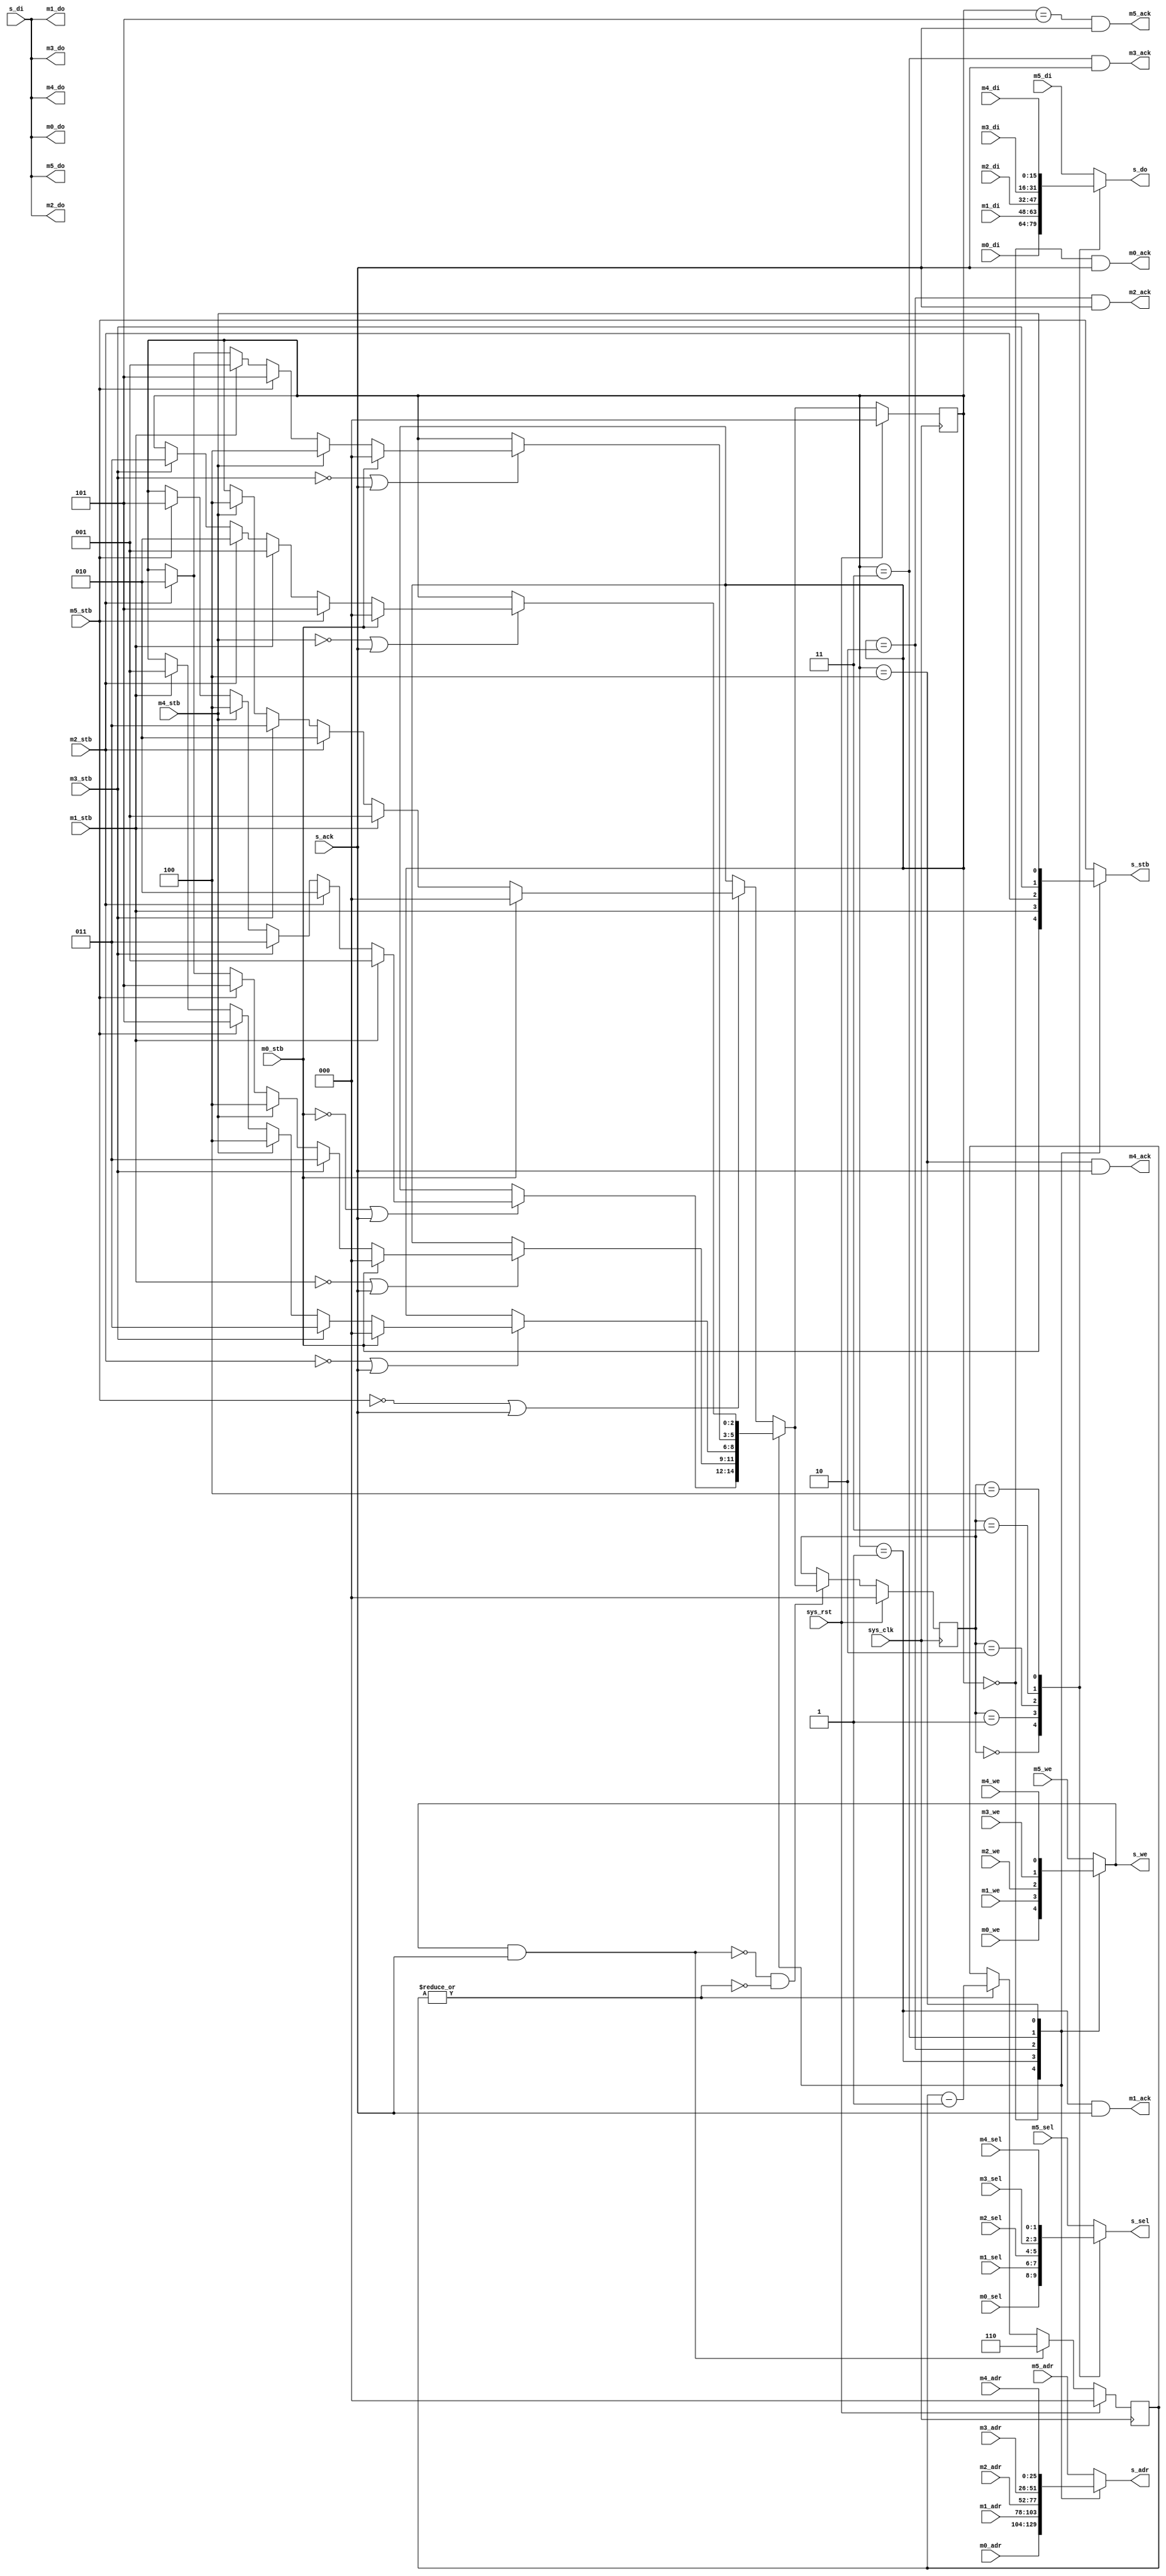
/*
 * Milkymist SoC
 * Copyright (C) 2007, 2008, 2009, 2010 Sebastien Bourdeauducq
 * adjusted to FML 8x16 by Charley Picker <charleypicker@yahoo.com>
 *
 * This program is free software: you can redistribute it and/or modify
 * it under the terms of the GNU General Public License as published by
 * the Free Software Foundation, version 3 of the License.
 *
 * This program is distributed in the hope that it will be useful,
 * but WITHOUT ANY WARRANTY; without even the implied warranty of
 * MERCHANTABILITY or FITNESS FOR A PARTICULAR PURPOSE.  See the
 * GNU General Public License for more details.
 *
 * You should have received a copy of the GNU General Public License
 * along with this program.  If not, see <http://www.gnu.org/licenses/>.
 */

module fmlarb #(
	parameter fml_depth = 26
) (
	input sys_clk,
	input sys_rst,
	
	/* Interface 0 has higher priority than the others */
	input [fml_depth-1:0] m0_adr,
	input m0_stb,
	input m0_we,
	output m0_ack,
	input [1:0] m0_sel,
	input [15:0] m0_di,
	output [15:0] m0_do,
	
	input [fml_depth-1:0] m1_adr,
	input m1_stb,
	input m1_we,
	output m1_ack,
	input [1:0] m1_sel,
	input [15:0] m1_di,
	output [15:0] m1_do,
	
	input [fml_depth-1:0] m2_adr,
	input m2_stb,
	input m2_we,
	output m2_ack,
	input [1:0] m2_sel,
	input [15:0] m2_di,
	output [15:0] m2_do,
	
	input [fml_depth-1:0] m3_adr,
	input m3_stb,
	input m3_we,
	output m3_ack,
	input [1:0] m3_sel,
	input [15:0] m3_di,
	output [15:0] m3_do,

	input [fml_depth-1:0] m4_adr,
	input m4_stb,
	input m4_we,
	output m4_ack,
	input [1:0] m4_sel,
	input [15:0] m4_di,
	output [15:0] m4_do,

	input [fml_depth-1:0] m5_adr,
	input m5_stb,
	input m5_we,
	output m5_ack,
	input [1:0] m5_sel,
	input [15:0] m5_di,
	output [15:0] m5_do,
	
	output reg [fml_depth-1:0] s_adr,
	output reg s_stb,
	output reg s_we,
	input s_ack,
	output reg [1:0] s_sel,
	input [15:0] s_di,
	output reg [15:0] s_do
);

assign m0_do = s_di;
assign m1_do = s_di;
assign m2_do = s_di;
assign m3_do = s_di;
assign m4_do = s_di;
assign m5_do = s_di;

reg [2:0] master;
reg [2:0] next_master;

always @(posedge sys_clk) begin
	if(sys_rst)
		master <= 3'd0;
	else
		master <= next_master;
end

/* Decide the next master */
always @(*) begin
	/* By default keep our current master */
	next_master = master;
	
	case(master)
		3'd0: if(~m0_stb | s_ack) begin
			if(m1_stb) next_master = 3'd1;
			else if(m2_stb) next_master = 3'd2;
			else if(m3_stb) next_master = 3'd3;
			else if(m4_stb) next_master = 3'd4;
			else if(m5_stb) next_master = 3'd5;
		end
		3'd1: if(~m1_stb | s_ack) begin
			if(m0_stb) next_master = 3'd0;
			else if(m3_stb) next_master = 3'd3;
			else if(m4_stb) next_master = 3'd4;
			else if(m5_stb) next_master = 3'd5;
			else if(m2_stb) next_master = 3'd2;
		end
		3'd2: if(~m2_stb | s_ack) begin
			if(m0_stb) next_master = 3'd0;
			else if(m3_stb) next_master = 3'd3;
			else if(m4_stb) next_master = 3'd4;
			else if(m5_stb) next_master = 3'd5;
			else if(m1_stb) next_master = 3'd1;
		end
		3'd3: if(~m3_stb | s_ack) begin
			if(m0_stb) next_master = 3'd0;
			else if(m4_stb) next_master = 3'd4;
			else if(m5_stb) next_master = 3'd5;
			else if(m1_stb) next_master = 3'd1;
			else if(m2_stb) next_master = 3'd2;
		end
		3'd4: if(~m4_stb | s_ack) begin
			if(m0_stb) next_master = 3'd0;
			else if(m5_stb) next_master = 3'd5;
			else if(m1_stb) next_master = 3'd1;
			else if(m2_stb) next_master = 3'd2;
			else if(m3_stb) next_master = 3'd3;
		end
		default: if(~m5_stb | s_ack) begin // 3'd5
			if(m0_stb) next_master = 3'd0;
			else if(m1_stb) next_master = 3'd1;
			else if(m2_stb) next_master = 3'd2;
			else if(m3_stb) next_master = 3'd3;
			else if(m4_stb) next_master = 3'd4;
		end
	endcase
end

/* Generate ack signals */
assign m0_ack = (master == 3'd0) & s_ack;
assign m1_ack = (master == 3'd1) & s_ack;
assign m2_ack = (master == 3'd2) & s_ack;
assign m3_ack = (master == 3'd3) & s_ack;
assign m4_ack = (master == 3'd4) & s_ack;
assign m5_ack = (master == 3'd5) & s_ack;

/* Mux control signals */
always @(*) begin
	case(master)
		3'd0: begin
			s_adr = m0_adr;
			s_stb = m0_stb;
			s_we = m0_we;
		end
		3'd1: begin
			s_adr = m1_adr;
			s_stb = m1_stb;
			s_we = m1_we;
		end
		3'd2: begin
			s_adr = m2_adr;
			s_stb = m2_stb;
			s_we = m2_we;
		end
		3'd3: begin
			s_adr = m3_adr;
			s_stb = m3_stb;
			s_we = m3_we;
		end
		3'd4: begin
			s_adr = m4_adr;
			s_stb = m4_stb;
			s_we = m4_we;
		end
		default: begin // 3'd5
			s_adr = m5_adr;
			s_stb = m5_stb;
			s_we = m5_we;
		end
	endcase
end

/* Mux data write signals */

wire write_burst_start = s_we & s_ack;

reg [2:0] wmaster;
reg [2:0] burst_counter;

always @(posedge sys_clk) begin
	if(sys_rst) begin
		wmaster <= 3'd0;
		burst_counter <= 3'd0;
	end else begin
		if(|burst_counter)
			burst_counter <= burst_counter - 3'd1;
		if(write_burst_start)
			burst_counter <= 3'd6;
		if(~write_burst_start & ~(|burst_counter))
			wmaster <= next_master;
	end
end

always @(*) begin
	case(wmaster)
		3'd0: begin
			s_do = m0_di;
			s_sel = m0_sel;
		end
		3'd1: begin
			s_do = m1_di;
			s_sel = m1_sel;
		end
		3'd2: begin
			s_do = m2_di;
			s_sel = m2_sel;
		end
		3'd3: begin
			s_do = m3_di;
			s_sel = m3_sel;
		end
		3'd4: begin
			s_do = m4_di;
			s_sel = m4_sel;
		end
		default: begin // 3'd5
			s_do = m5_di;
			s_sel = m5_sel;
		end
	endcase
end

endmodule